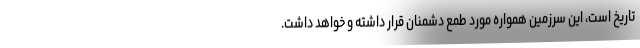
تاریخ است، این سرزمین همواره مورد طمع دشمنان قرار داشته و خواهد داشت.